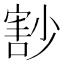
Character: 𡮞